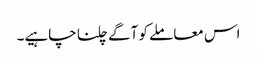
اس معاملے کو آگے چلنا چاہیے۔